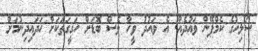
ސޯލިހުގެ ކެމްޕޭން ވައުދެއް. އެ ވައުދު ވީހާ ވެސް ބޮޑަށް ހަގީގަތަކަށް ހަދައިދިނުމަށް